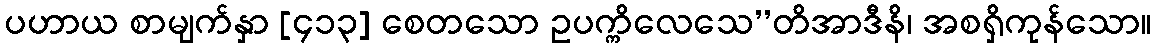
ပဟာယ စာမျက်နှာ [၄၁၃] စေတသော ဥပက္ကိလေသေ’’တိအာဒီနိ၊ အစရှိကုန်သော။